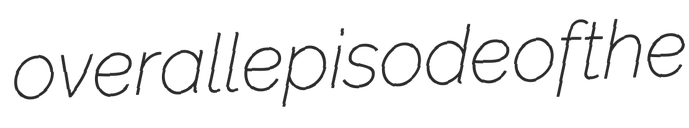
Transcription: overall episode of the